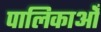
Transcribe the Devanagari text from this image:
पालिकाओँ